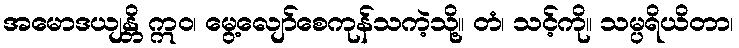
အမောဒယျန္တိ ဣဝ၊ မွေ့လျော်စေကုန်သကဲ့သို့။ တံ၊ သင့်ကို။ သမ္ပရိယိတာ၊